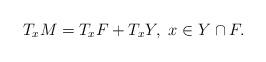
LaTeX: \begin{align*}T_x M &= T_x F + T_x Y, \ x \in Y \cap F. \end{align*}